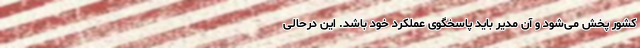
کشور پخش می‌شود و آن مدیر باید پاسخگوی عملکرد خود باشد. این درحالی